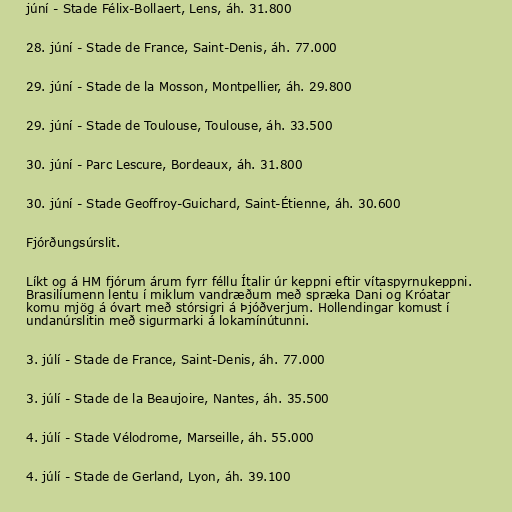
júní - Stade Félix-Bollaert, Lens, áh. 31.800

28. júní - Stade de France, Saint-Denis, áh. 77.000

29. júní - Stade de la Mosson, Montpellier, áh. 29.800

29. júní - Stade de Toulouse, Toulouse, áh. 33.500

30. júní - Parc Lescure, Bordeaux, áh. 31.800

30. júní - Stade Geoffroy-Guichard, Saint-Étienne, áh. 30.600

Fjórðungsúrslit.

Líkt og á HM fjórum árum fyrr féllu Ítalir úr keppni eftir vítaspyrnukeppni.
Brasilíumenn lentu í miklum vandræðum með spræka Dani og Króatar
komu mjög á óvart með stórsigri á Þjóðverjum. Hollendingar komust í
undanúrslitin með sigurmarki á lokamínútunni.

3. júlí - Stade de France, Saint-Denis, áh. 77.000

3. júlí - Stade de la Beaujoire, Nantes, áh. 35.500

4. júlí - Stade Vélodrome, Marseille, áh. 55.000

4. júlí - Stade de Gerland, Lyon, áh. 39.100